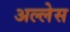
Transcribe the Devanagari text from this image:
अल्लेस